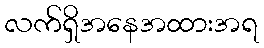
လက်ရှိအနေအထားအရ